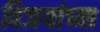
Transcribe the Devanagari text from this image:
विजयांच्या